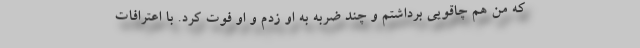
که من هم چاقویی برداشتم و چند ضربه به او زدم و او فوت کرد. با اعترافات